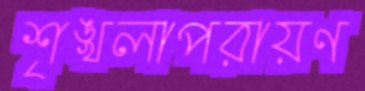
শৃঙ্খলাপরায়ণ